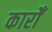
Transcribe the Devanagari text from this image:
कारोँ